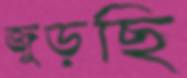
জুড়ছি